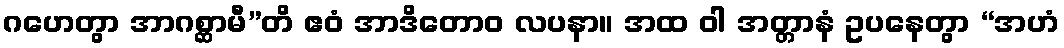
ဂဟေတွာ အာဂစ္ဆာမီ”တိ ဧဝံ အာဒိတောဝ လပနာ။ အထ ဝါ အတ္တာနံ ဥပနေတွာ “အဟံ